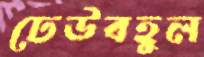
ঢেউবহুল